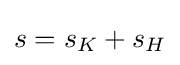
s=s_{K}+s_{H}